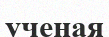
ученая